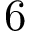
6